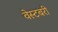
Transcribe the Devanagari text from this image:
वेस्टबरी